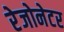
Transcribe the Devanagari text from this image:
रेजोनेटर